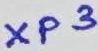
Text: XP3